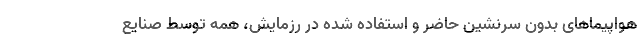
هواپیماهای بدون سرنشین حاضر و استفاده شده در رزمایش، همه توسط صنایع